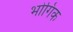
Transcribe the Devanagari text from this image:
भोगिक